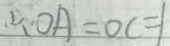
\therefore O A = O C = 1